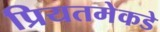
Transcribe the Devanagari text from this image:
प्रियतमेकडे